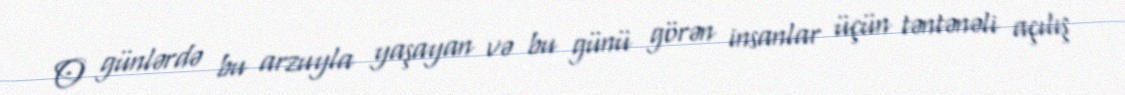
O günlərdə bu arzuyla yaşayan və bu günü görən insanlar üçün təntənəli açılış